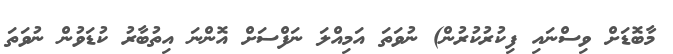
މާބޮޑަށް ވިސްނައި ފިކުރުކުރުން) ނުވަތަ އަމިއްލަ ނަފްސަށް އޮންނަ އިތުބާރު ކުޑަވުން ނުވަތަ